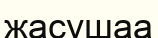
жасушаа